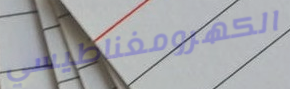
الكهرومغناطيسي